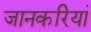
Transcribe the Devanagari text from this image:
जानकरियां